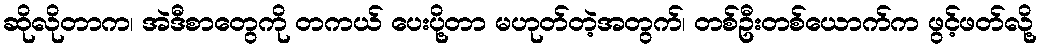
ဆိုလိုတာက၊ အဲဒီစာတွေကို တကယ် ပေးပို့တာ မဟုတ်တဲ့အတွက်၊ တစ်ဦးတစ်ယောက်က ဖွင့်ဖတ်လို့